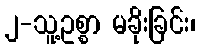
၂-သူ့ဥစ္စာ မခိုးခြင်း၊